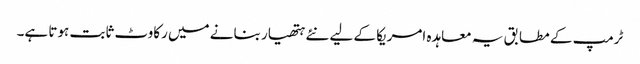
ٹرمپ کے مطابق یہ معاہدہ امریکا کے لیے نئے ہتھیار بنانے میں رکاوٹ ثابت ہوتا ہے۔